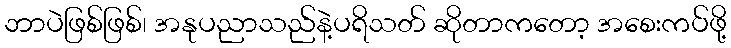
ဘာပဲဖြစ်ဖြစ်၊ အနုပညာသည်နဲ့ပရိသတ် ဆိုတာကတော့ အစေးကပ်ဖို့